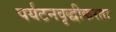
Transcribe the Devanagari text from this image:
पर्यटनवृद्धीकरता